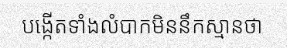
បង្កើតទាំងលំបាកមិននឹកស្មានថា